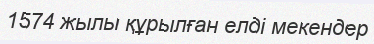
1574 жылы құрылған елді мекендер